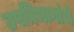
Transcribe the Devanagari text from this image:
उपविभागांचे